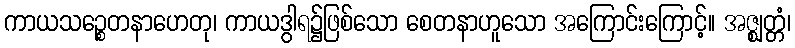
ကာယသဉ္စေတနာဟေတု၊ ကာယဒွါရ၌ဖြစ်သော စေတနာဟူသော အကြောင်းကြောင့်။ အဇ္ဈတ္တံ၊